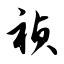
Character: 祯